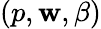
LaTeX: (p,\mathbf{w},\beta)